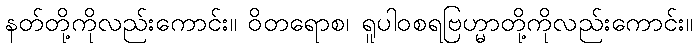
နတ်တို့ကိုလည်းကောင်း။ ဝိတရောစ၊ ရူပါဝစရဗြဟ္မာတို့ကိုလည်းကောင်း။